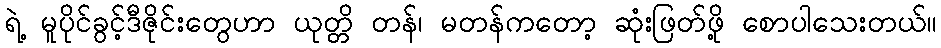
ရဲ့ မူပိုင်ခွင့်ဒီဇိုင်းတွေဟာ ယုတ္တိ တန်၊ မတန်ကတော့ ဆုံးဖြတ်ဖို့ စောပါသေးတယ်။